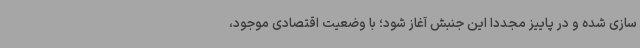
سازی شده و در پاییز مجددا این جنبش آغاز شود؛ با وضعیت اقتصادی موجود،